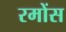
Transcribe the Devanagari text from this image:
रमोंस